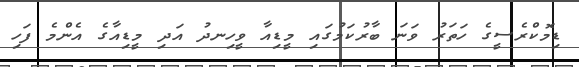
ޑިމޮކްރެސީގެ ހަތަރު ވަނަ ބާރުކަމުގައި މީޑިއާ ވީހިނދު އަދި މީޑިއާގެ އެންމެ ފަހި